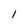
Character: 1